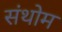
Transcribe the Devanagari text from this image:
संथोम